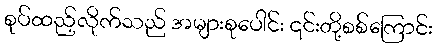
စုပ်ထည့်လိုက်သည် အများစုပေါင်း ၎င်းတို့စစ်ကြောင်း